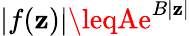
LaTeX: |f(\mathbf{z})|\leqAe^{B|\mathbf{z}|}